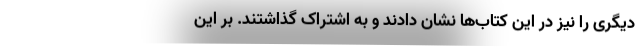
دیگری را نیز در این کتاب‌ها نشان دادند و به اشتراک گذاشتند. بر این